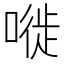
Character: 嘥